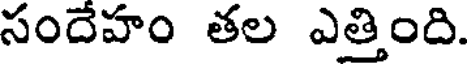
సందేహం తల ఎత్తింది.